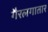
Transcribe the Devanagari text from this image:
गैरलगातार